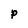
Character: P